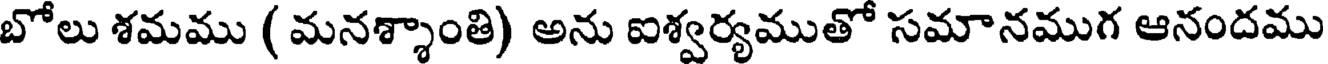
బోలు శమము ( మనశ్శాంతి) అను ఐశ్వర్యముతో సమానముగ ఆనందము